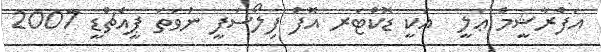
އަފްރާޝީމް ޢަލީ  އަކީ ޑޮކްޓަރ އޮފް ފިލޯސަފީ ނުވަތަ ޕީއެޗްޑީ 2007